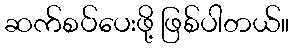
ဆက်စပ်ပေးဖို့ ဖြစ်ပါတယ်။